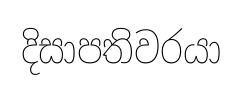
දිසාපතිවරයා